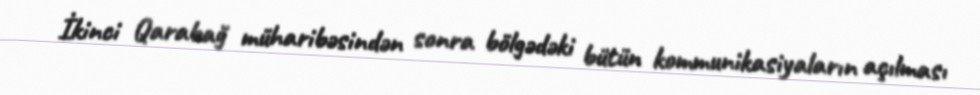
İkinci Qarabağ müharibəsindən sonra bölgədəki bütün kommunikasiyaların açılması